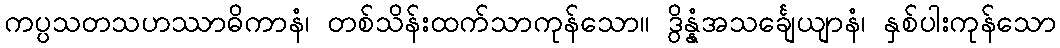
ကပ္ပသတသဟဿာဓိကာနံ၊ တစ်သိန်းထက်သာကုန်သော။ ဒွိန္နံအသင်္ချေယျာနံ၊ နှစ်ပါးကုန်သော